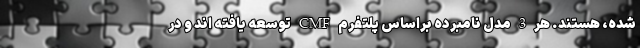
شده، هستند. هر 3 مدل نامبرده براساس پلتفرم CMF توسعه یافته اند و در